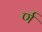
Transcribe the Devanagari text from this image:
र्ण